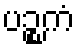
ပဉ္စကံ